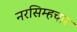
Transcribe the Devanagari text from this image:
नरसिम्हचार